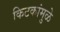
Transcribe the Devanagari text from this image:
किटकांमुळे